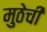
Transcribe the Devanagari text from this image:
मुठेची